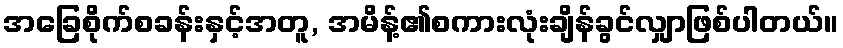
အခြေစိုက်စခန်းနှင့်အတူ, အမိန့်၏စကားလုံးချိန်ခွင်လျှာဖြစ်ပါတယ်။